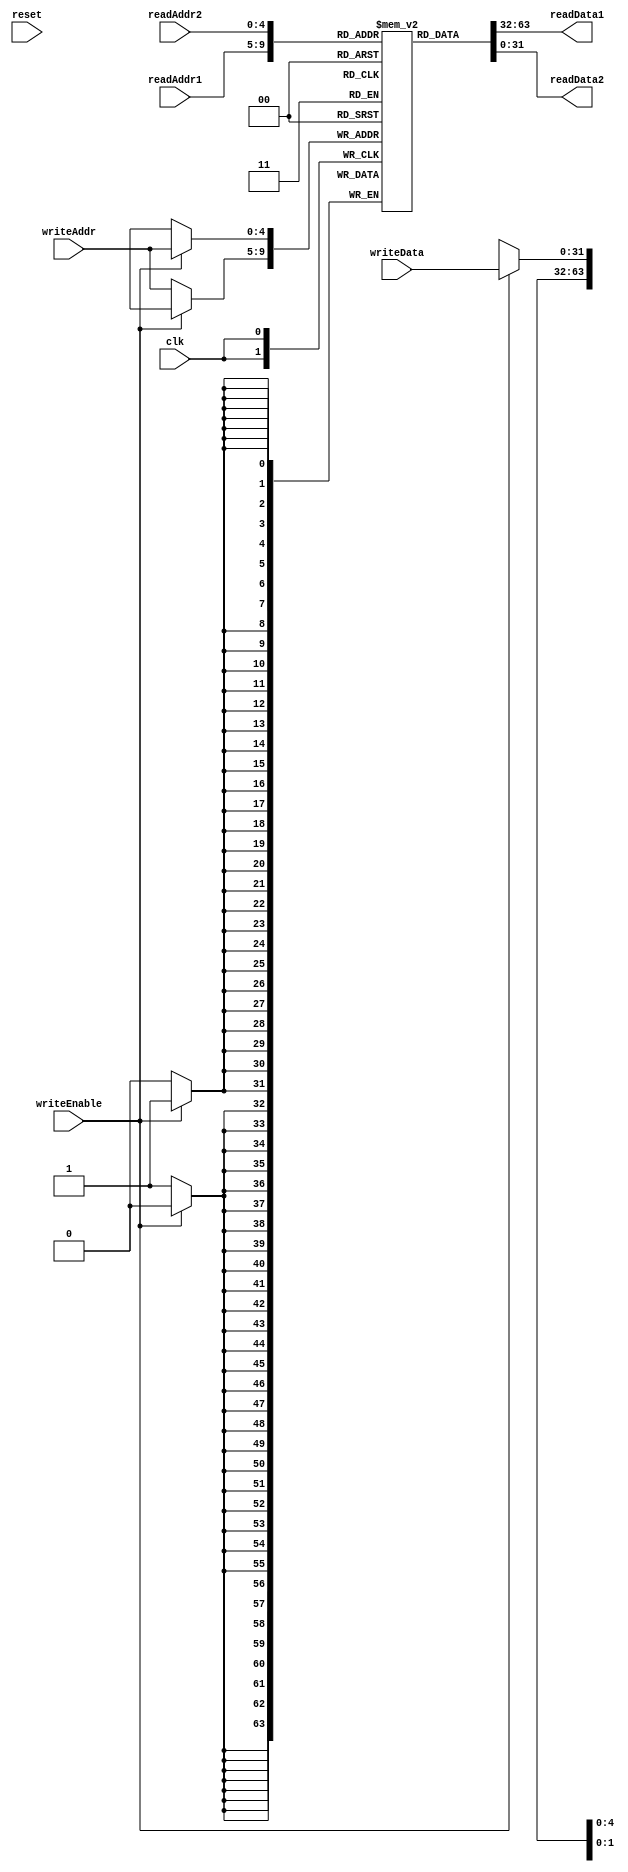
// EECE3324 
// Computer Architecture
// Final Project
// Kevin Wong & Jonathan Marrero

// Module for Register File
// Taken from HW6 Solutions

module registerfile(readAddr1,readAddr2,writeAddr,writeData,writeEnable,clk,readData1,readData2,reset);
  input [4:0] readAddr1, readAddr2,writeAddr;
  input [31:0] writeData;
  input writeEnable, clk,reset;
  output [31:0] readData1,readData2;
  reg [31:0] registers [0:31]; 
  
  always @(posedge clk)
  begin
  if (writeEnable)
    registers[writeAddr] <= writeData; 
  else
    registers[writeAddr] <= 32'hxxxxxxxx; 
  end

assign readData1 = registers[readAddr1]; 
assign readData2 = registers[readAddr2]; 

endmodule